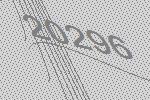
20296